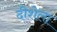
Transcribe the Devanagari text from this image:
दीशेला